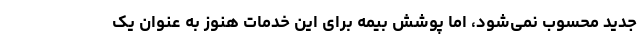
جدید محسوب نمی‌شود، اما پوشش بیمه برای این خدمات هنوز به عنوان یک